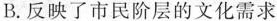
B.反映了市民阶层的文化需求